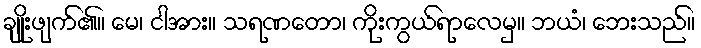
ချိုးဖျက်၏။ မေ၊ ငါအား။ သရဏတော၊ ကိုးကွယ်ရာလေမှ။ ဘယံ၊ ဘေးသည်။